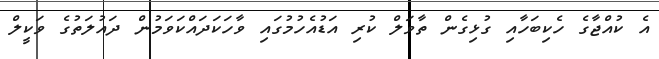
އެ ކުއްޖާގެ ހެކިބަހާއި ގުޅިގެން ތާވަލް ކުރި އަޑުއެހުމުގައި ވާހަކަދައްކަވަމުން ދައުލަތުގެ ވަކީލް